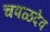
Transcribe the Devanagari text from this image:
चपळदेव